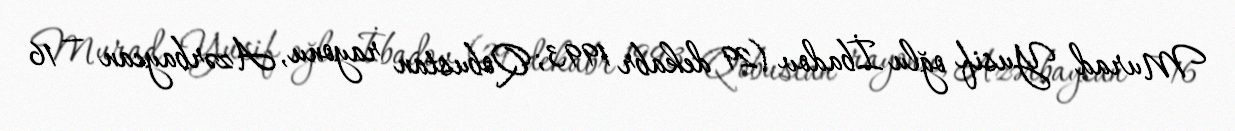
Murad Yusif oğlu İbadov (29 dekabr 1993; Qobustan rayonu, Azərbaycan — 16